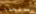
بالخداع